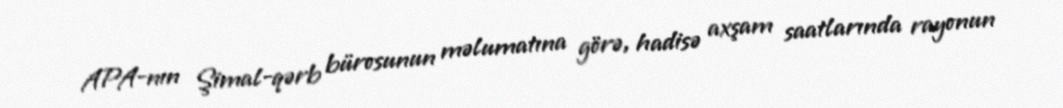
APA-nın Şimal-qərb bürosunun məlumatına görə, hadisə axşam saatlarında rayonun